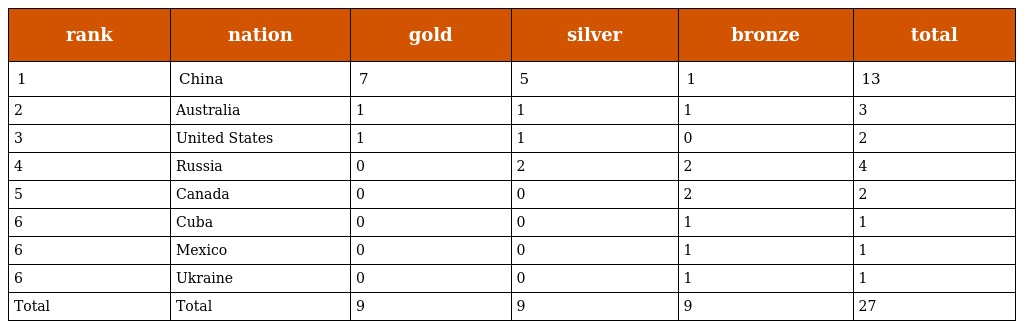
| rank | nation | gold | silver | bronze | total |
 | --- | --- | --- | --- | --- | --- |
 | 1 | China | 7 | 5 | 1 | 13 |
 | 2 | Australia | 1 | 1 | 1 | 3 |
 | 3 | United States | 1 | 1 | 0 | 2 |
 | 4 | Russia | 0 | 2 | 2 | 4 |
 | 5 | Canada | 0 | 0 | 2 | 2 |
 | 6 | Cuba | 0 | 0 | 1 | 1 |
 | 6 | Mexico | 0 | 0 | 1 | 1 |
 | 6 | Ukraine | 0 | 0 | 1 | 1 |
 | Total | Total | 9 | 9 | 9 | 27 |